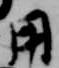
用